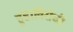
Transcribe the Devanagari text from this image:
हुंडाविरोधी